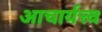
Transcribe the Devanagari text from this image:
आचार्यत्त्व